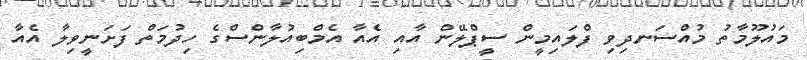
މައުލޫމާތު މުއްސަނދިވި ފްލައިމީން ސީޕްލޭން އާއި އެއާ އެމްބިއުލާންސްގެ ހިދުމަތް ފަށަނީވިލާ އެއާ